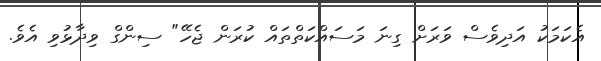
އެކަމަކު އަދިވެސް ވަރަށް ގިނަ މަސައްކަތްތައް ކުރަން ޖެހޭ" ސިންގް ވިދާޅުވި އެވެ.